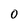
Character: 0